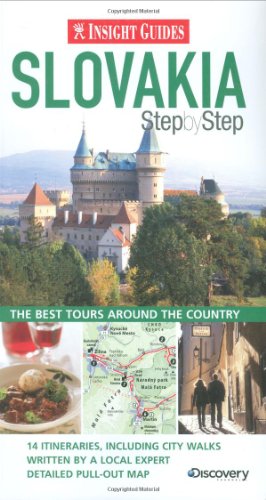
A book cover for Insight Guides: Slovakia Step by Step (Insight Step by Step); Travel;